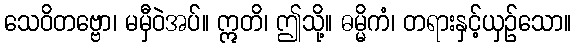
သေဝိတဗ္ဗော၊ မမှီဝဲအပ်။ ဣတိ၊ ဤသို့။ ဓမ္မိကံ၊ တရားနှင့်ယှဉ်သော။